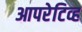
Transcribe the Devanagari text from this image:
आपरेटिव्ह